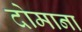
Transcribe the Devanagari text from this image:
दोमाना